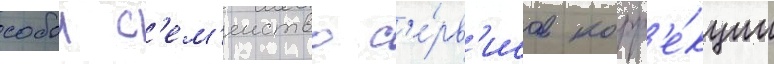
собои с'ем'еиство с'е́рв'исов корр'е́кции